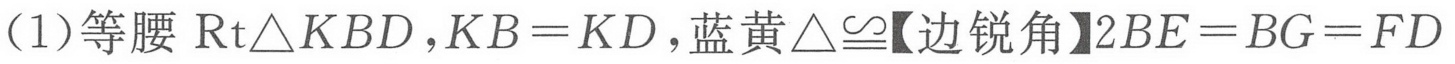
(1)等腰\(\text{Rt}\triangle KBD\)，\(KB = KD\)，蓝黄\(\triangle\cong【边锐角】2BE = BG = FD\)